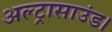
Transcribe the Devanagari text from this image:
अल्ट्रासाउंड।